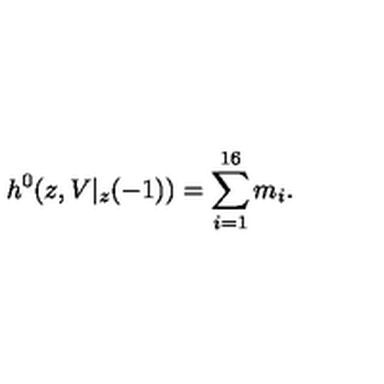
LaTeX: h ^ { 0 } ( z , V | _ { z } ( - 1 ) ) = \sum _ { i = 1 } ^ { 1 6 } m _ { i } .